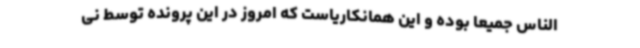
الناس جمیعا بوده و این همانکاریاست که امروز در این پرونده توسط نی